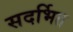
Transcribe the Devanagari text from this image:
सदर्भित